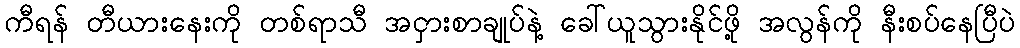
ကီရန် တီယားနေးကို တစ်ရာသီ အငှားစာချုပ်နဲ့ ခေါ်ယူသွားနိုင်ဖို့ အလွန်ကို နီးစပ်နေပြီပဲ